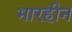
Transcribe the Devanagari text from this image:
भारहीन